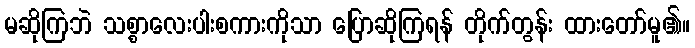
မဆိုကြဘဲ သစ္စာလေးပါးစကားကိုသာ ပြောဆိုကြရန် တိုက်တွန်း ထားတော်မူ၏။